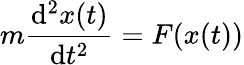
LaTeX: m{\frac{\mathrm{d}^{2}x(t)}{\mathrm{d}t^{2}}}=F(x(t))